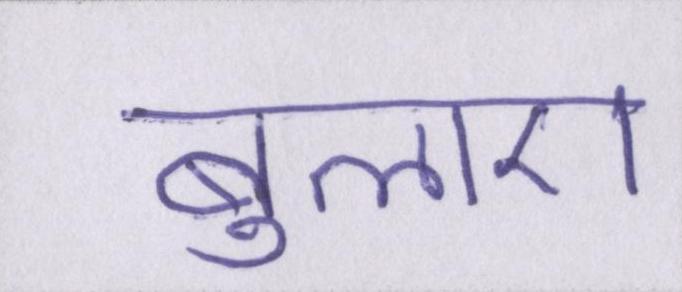
बुलाए